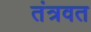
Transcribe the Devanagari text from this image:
तंत्रवत